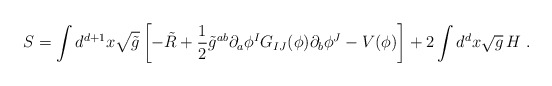
\begin{align*} S = \int d^{d+1}x \sqrt{\tilde{g}} \left[ - \tilde{R} +\frac12 \tilde{g}^{ab} \partial_a \phi^I G_{IJ}(\phi) \partial_b \phi^J - V(\phi) \right] + 2 \int d^d x \sqrt{g}\, H~.\end{align*}